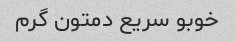
خوبو سریع دمتون گرم